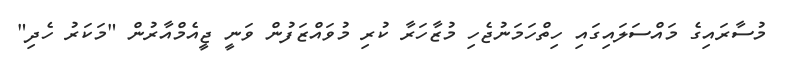
މުސާރައިގެ މައްސަލައިގައި ހިތްހަމަނުޖެހި މުޒާހަރާ ކުރި މުވައްޒަފުން ވަނީ ޖީއެމްއާރުން "މަކަރު ހެދި"